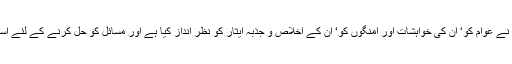
گذشتہ 62 سال میں ہم نے عوام کو‘ ان کی خواہشات اور امنگوں کو‘ ان کے اخلاص و جذبہ ایثار کو نظر انداز کیا ہے اور مسائل کو حل کرنے کے لئے استعمال ہی نہیں کیا ہے۔